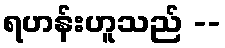
ရဟန်းဟူသည် --